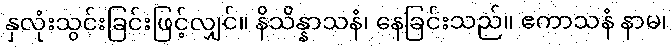
နှလုံးသွင်းခြင်းဖြင့်လျှင်။ နိသိန္နာသနံ၊ နေခြင်းသည်။ ဧကာသနံ နာမ၊